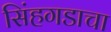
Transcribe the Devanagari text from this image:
सिंहगडाचा